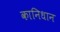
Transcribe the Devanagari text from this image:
कानिधान